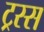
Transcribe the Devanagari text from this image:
ट्रस्स